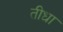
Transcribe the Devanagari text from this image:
तीधा